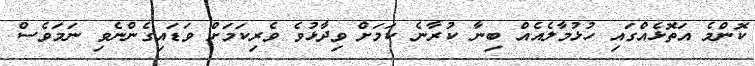
ކޮންމެ އަތޮޅެއްގައި ހުޅުމާލެއެއް ބިނާ ކުރާނެ ކަމަށް ވިދާޅުވެ ވެރިކަމަށް ވަޑައިގެންނެވި ނަމަވެސް